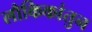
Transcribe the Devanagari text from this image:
लौकिकांतुन